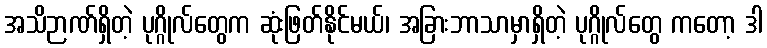
အသိဉာဏ်ရှိတဲ့ ပုဂ္ဂိုလ်တွေက ဆုံးဖြတ်နိုင်မယ်၊ အခြားဘာသာမှာရှိတဲ့ ပုဂ္ဂိုလ်တွေ ကတော့ ဒါ